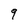
Character: 9